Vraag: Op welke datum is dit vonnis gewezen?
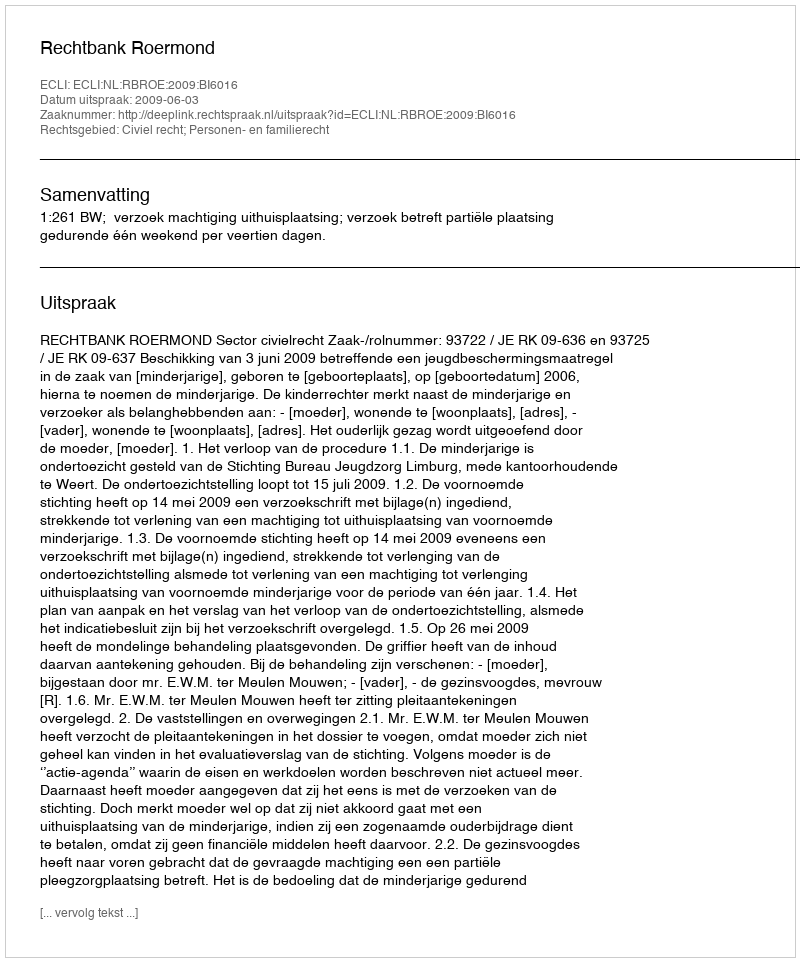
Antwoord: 2009-06-03